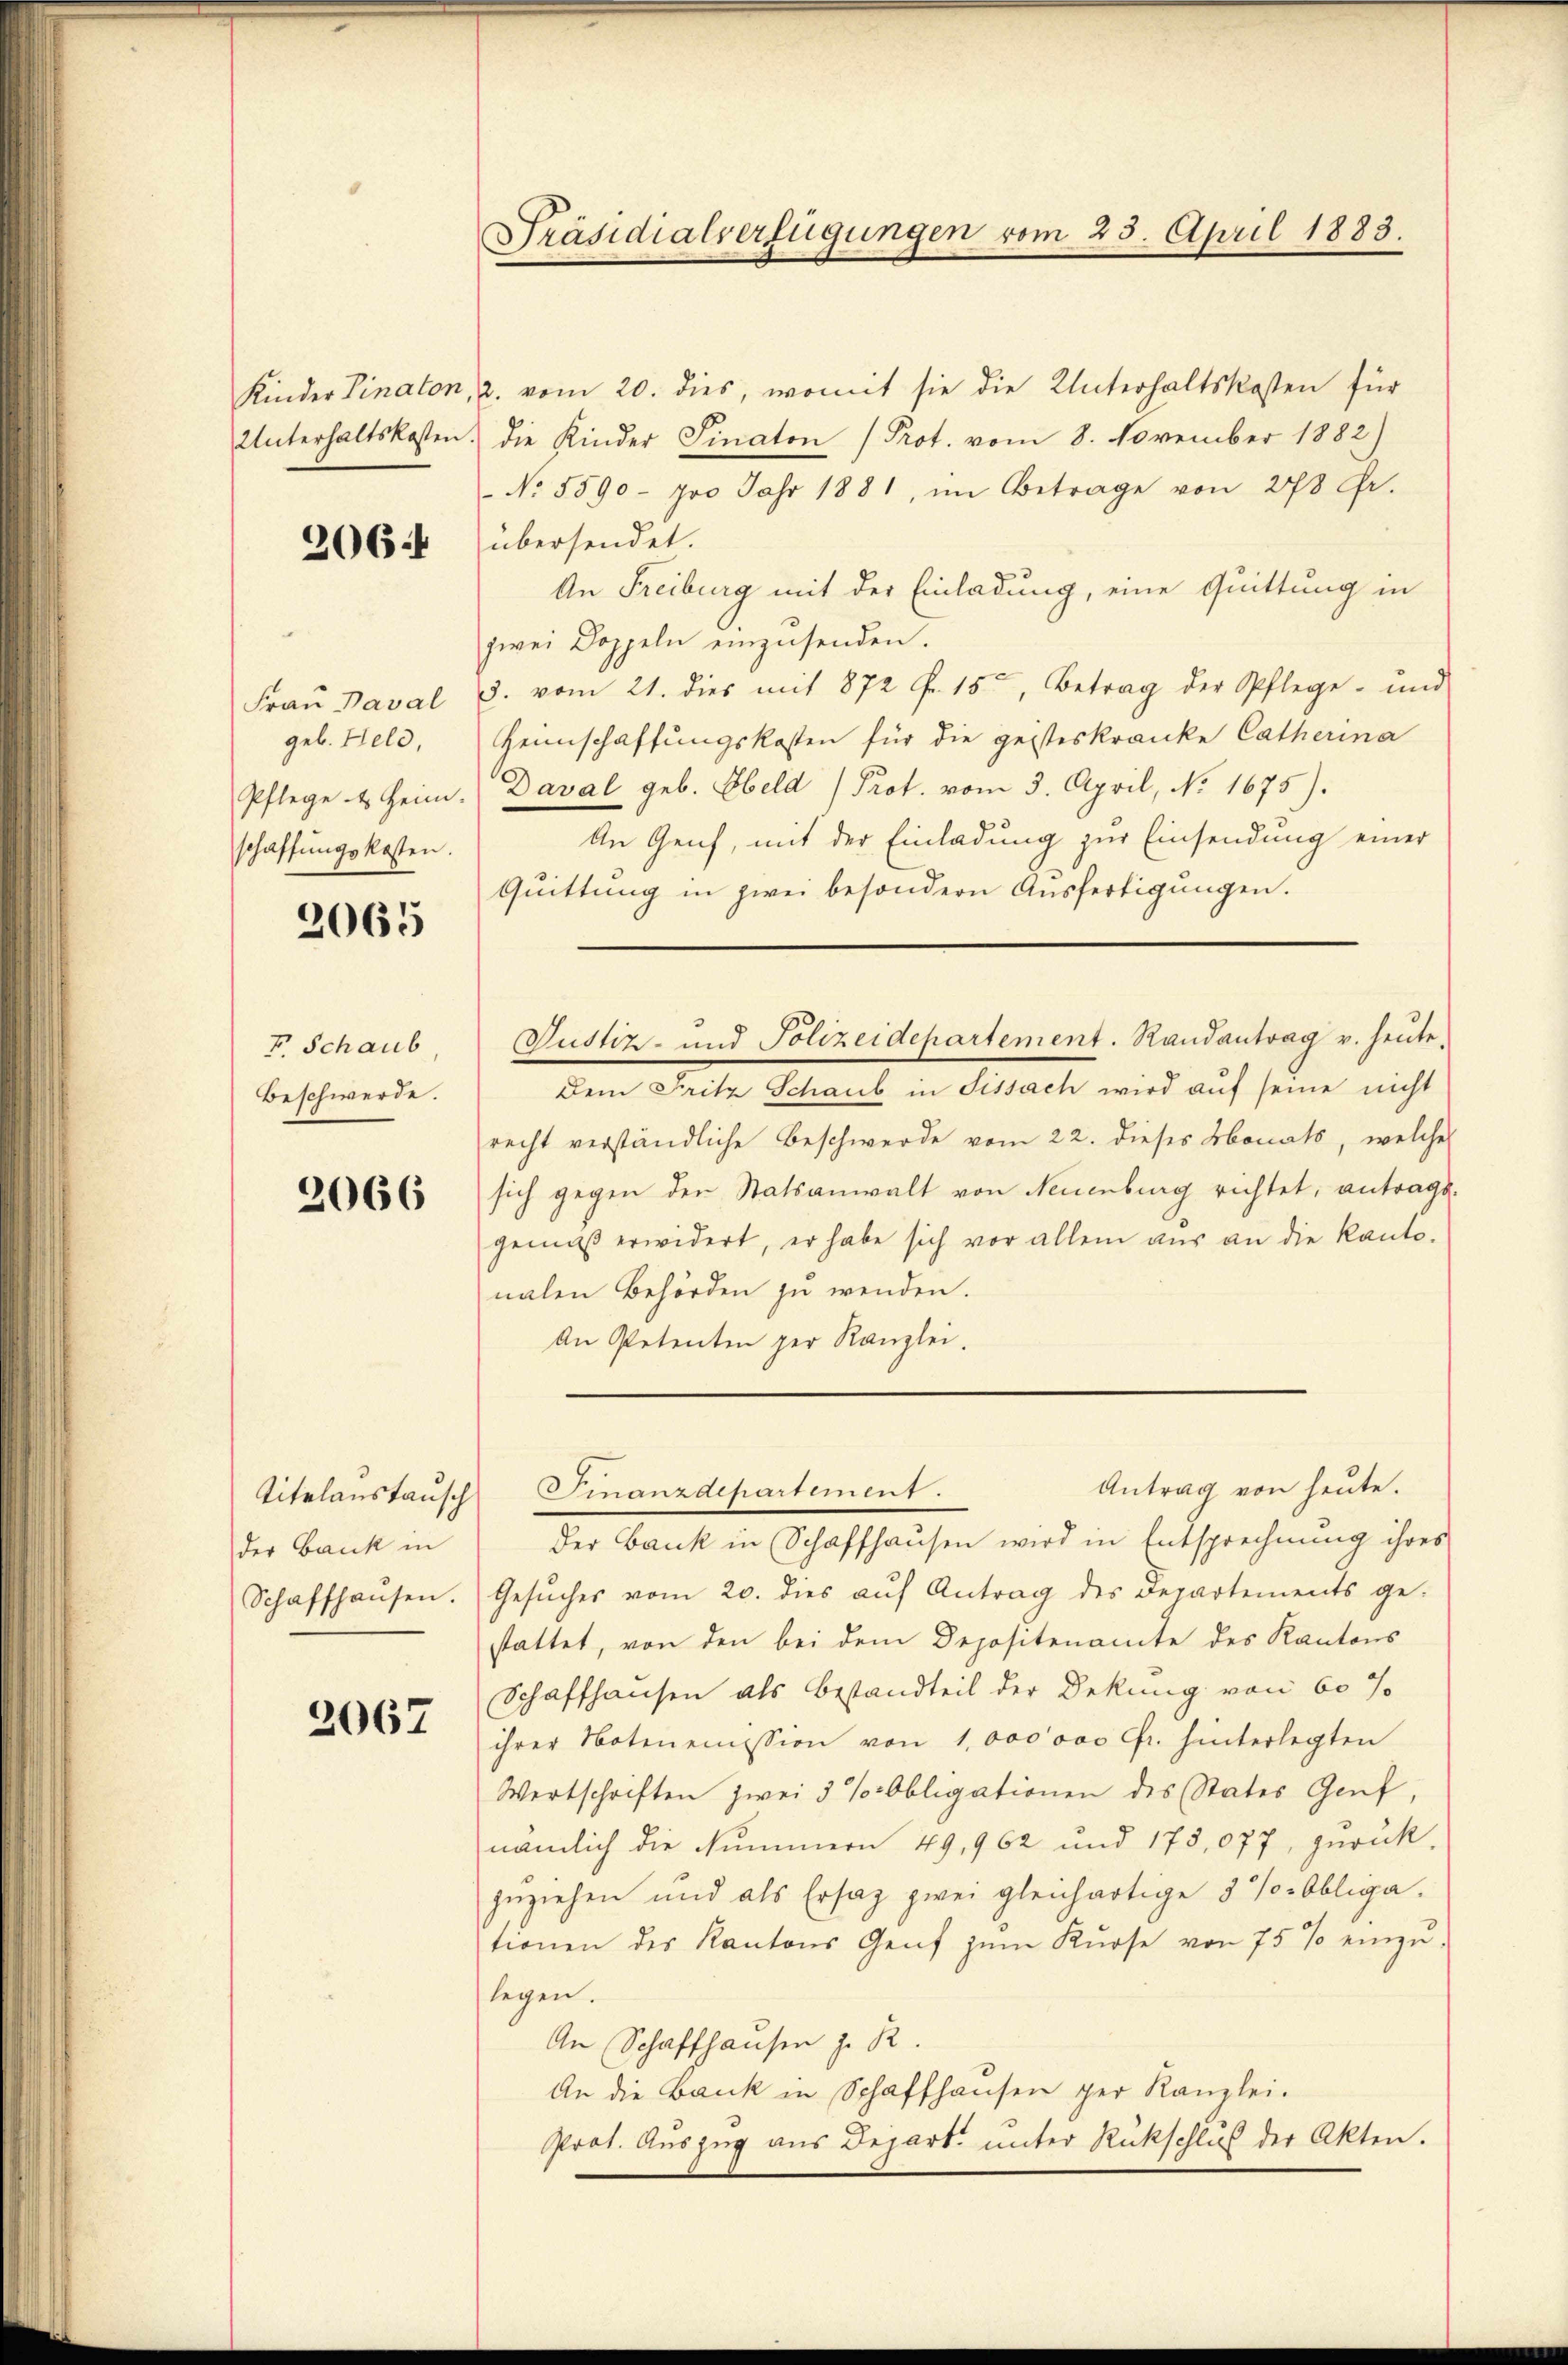
Kinder Linaton,
Unterhaltskosten.

2064

Frau Paval
geb. Held,
Pflege t Heim.
schaffungskosten.

2065

F. Schaub
Beschwerde.

2066

Titelanstausch
der Bank in
Schaffhausen.

2067

Präsidialverfügungen vom 25. April 1883.

vom 20. dies, womit sie die Unterhaltskosten für
die Kinder Finaton (Prot. vom 8. November 1882)
No. 5590 - pro Jahr 1881, im Betrage von 278 Fr.
übersendet.
An Freiburg mit der Einladung, eine Quittung in
zwei Doppeln einzusenden.
3. vom 21. dies mit 872 Fr. 15, Betrag der Pflege- und
Heimschaffungskosten für die gesteskranke Catherina
Daval geb. Held (Prot. vom 5. April, No. 1675).
An Genf, mit der Einladung zur Einsendung einer
Quittung in zwei besondern Ausfertigungen.
Dem Fritz Schaub in Fissach wird auf seine nicht
recht verständliche Beschwerde vom 22. dieses Monats, welche
sich gegen der Statsanwalt von Neuenburg richtet, antrags.
gemäß erwidert, er habe sich vor allem aus an die Kanto-
nalen Behörden zu wenden.
An Petenten per Kanzlei.
Antrag von heute.
mnzdepartiment.
der Bank in Schaffhausen wird in Entsprechnung ihres
Gesŭches vom 20. dies aŭf Antrag des Departements ge-
stattet, von den bei dem Depositenamte des Kantons
Schaffhausen als Bestandteil der Dekung von 60 J
ihrer Notenemission von 1,000'000 fr. hinterlegten
Wertschriften zwei 3 % Obligationen des States Genf,
nämlich die Nummern 49, 962 und 173,077, zŭrück-
zuziehen und als Ersatz zwei gleichartige 8 % Obliga
tionen des Kantons Genf zŭm Kŭrse von 75 % einzŭ-
legen.
An Schaffhausen z. R.
An die Dank in Schaffhausen per Kanzlei.
Prot. Auszug aus Depart. unter Rückschluß der Akten.

Justiz- und Polizeidepartement. Randantrag u. heute.